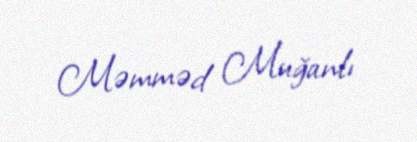
Məmməd Muğanlı